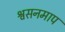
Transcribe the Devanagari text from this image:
श्वसनमाप